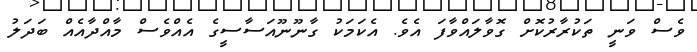
ވެސް ވަނީ ތަކުރާރުކޮށް ގޮވާލައްވާފަ އެވެ. އެކަމަކު ގާނޫނޫއަސާސީގެ އެއްވެސް މާއްދާއެއް ބަދަލު